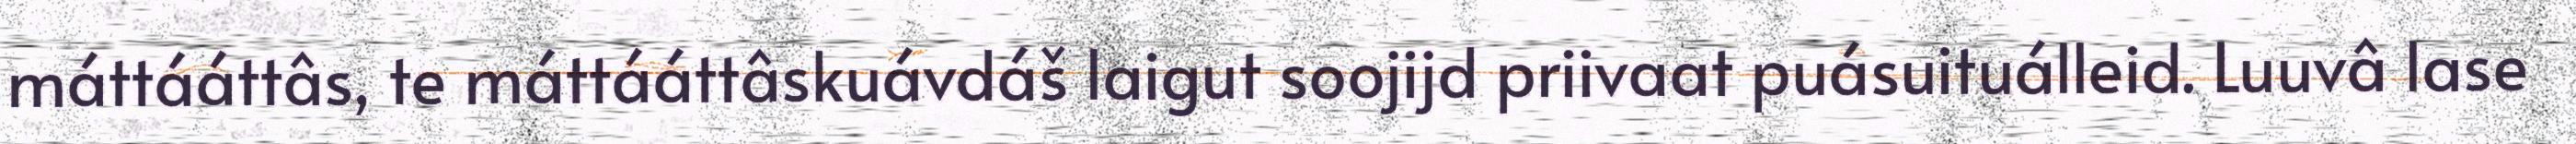
máttááttâs, te máttááttâskuávdáš laigut soojijd priivaat puásuituálleid. Luuvâ lase